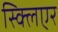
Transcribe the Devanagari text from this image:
स्क्लिएर